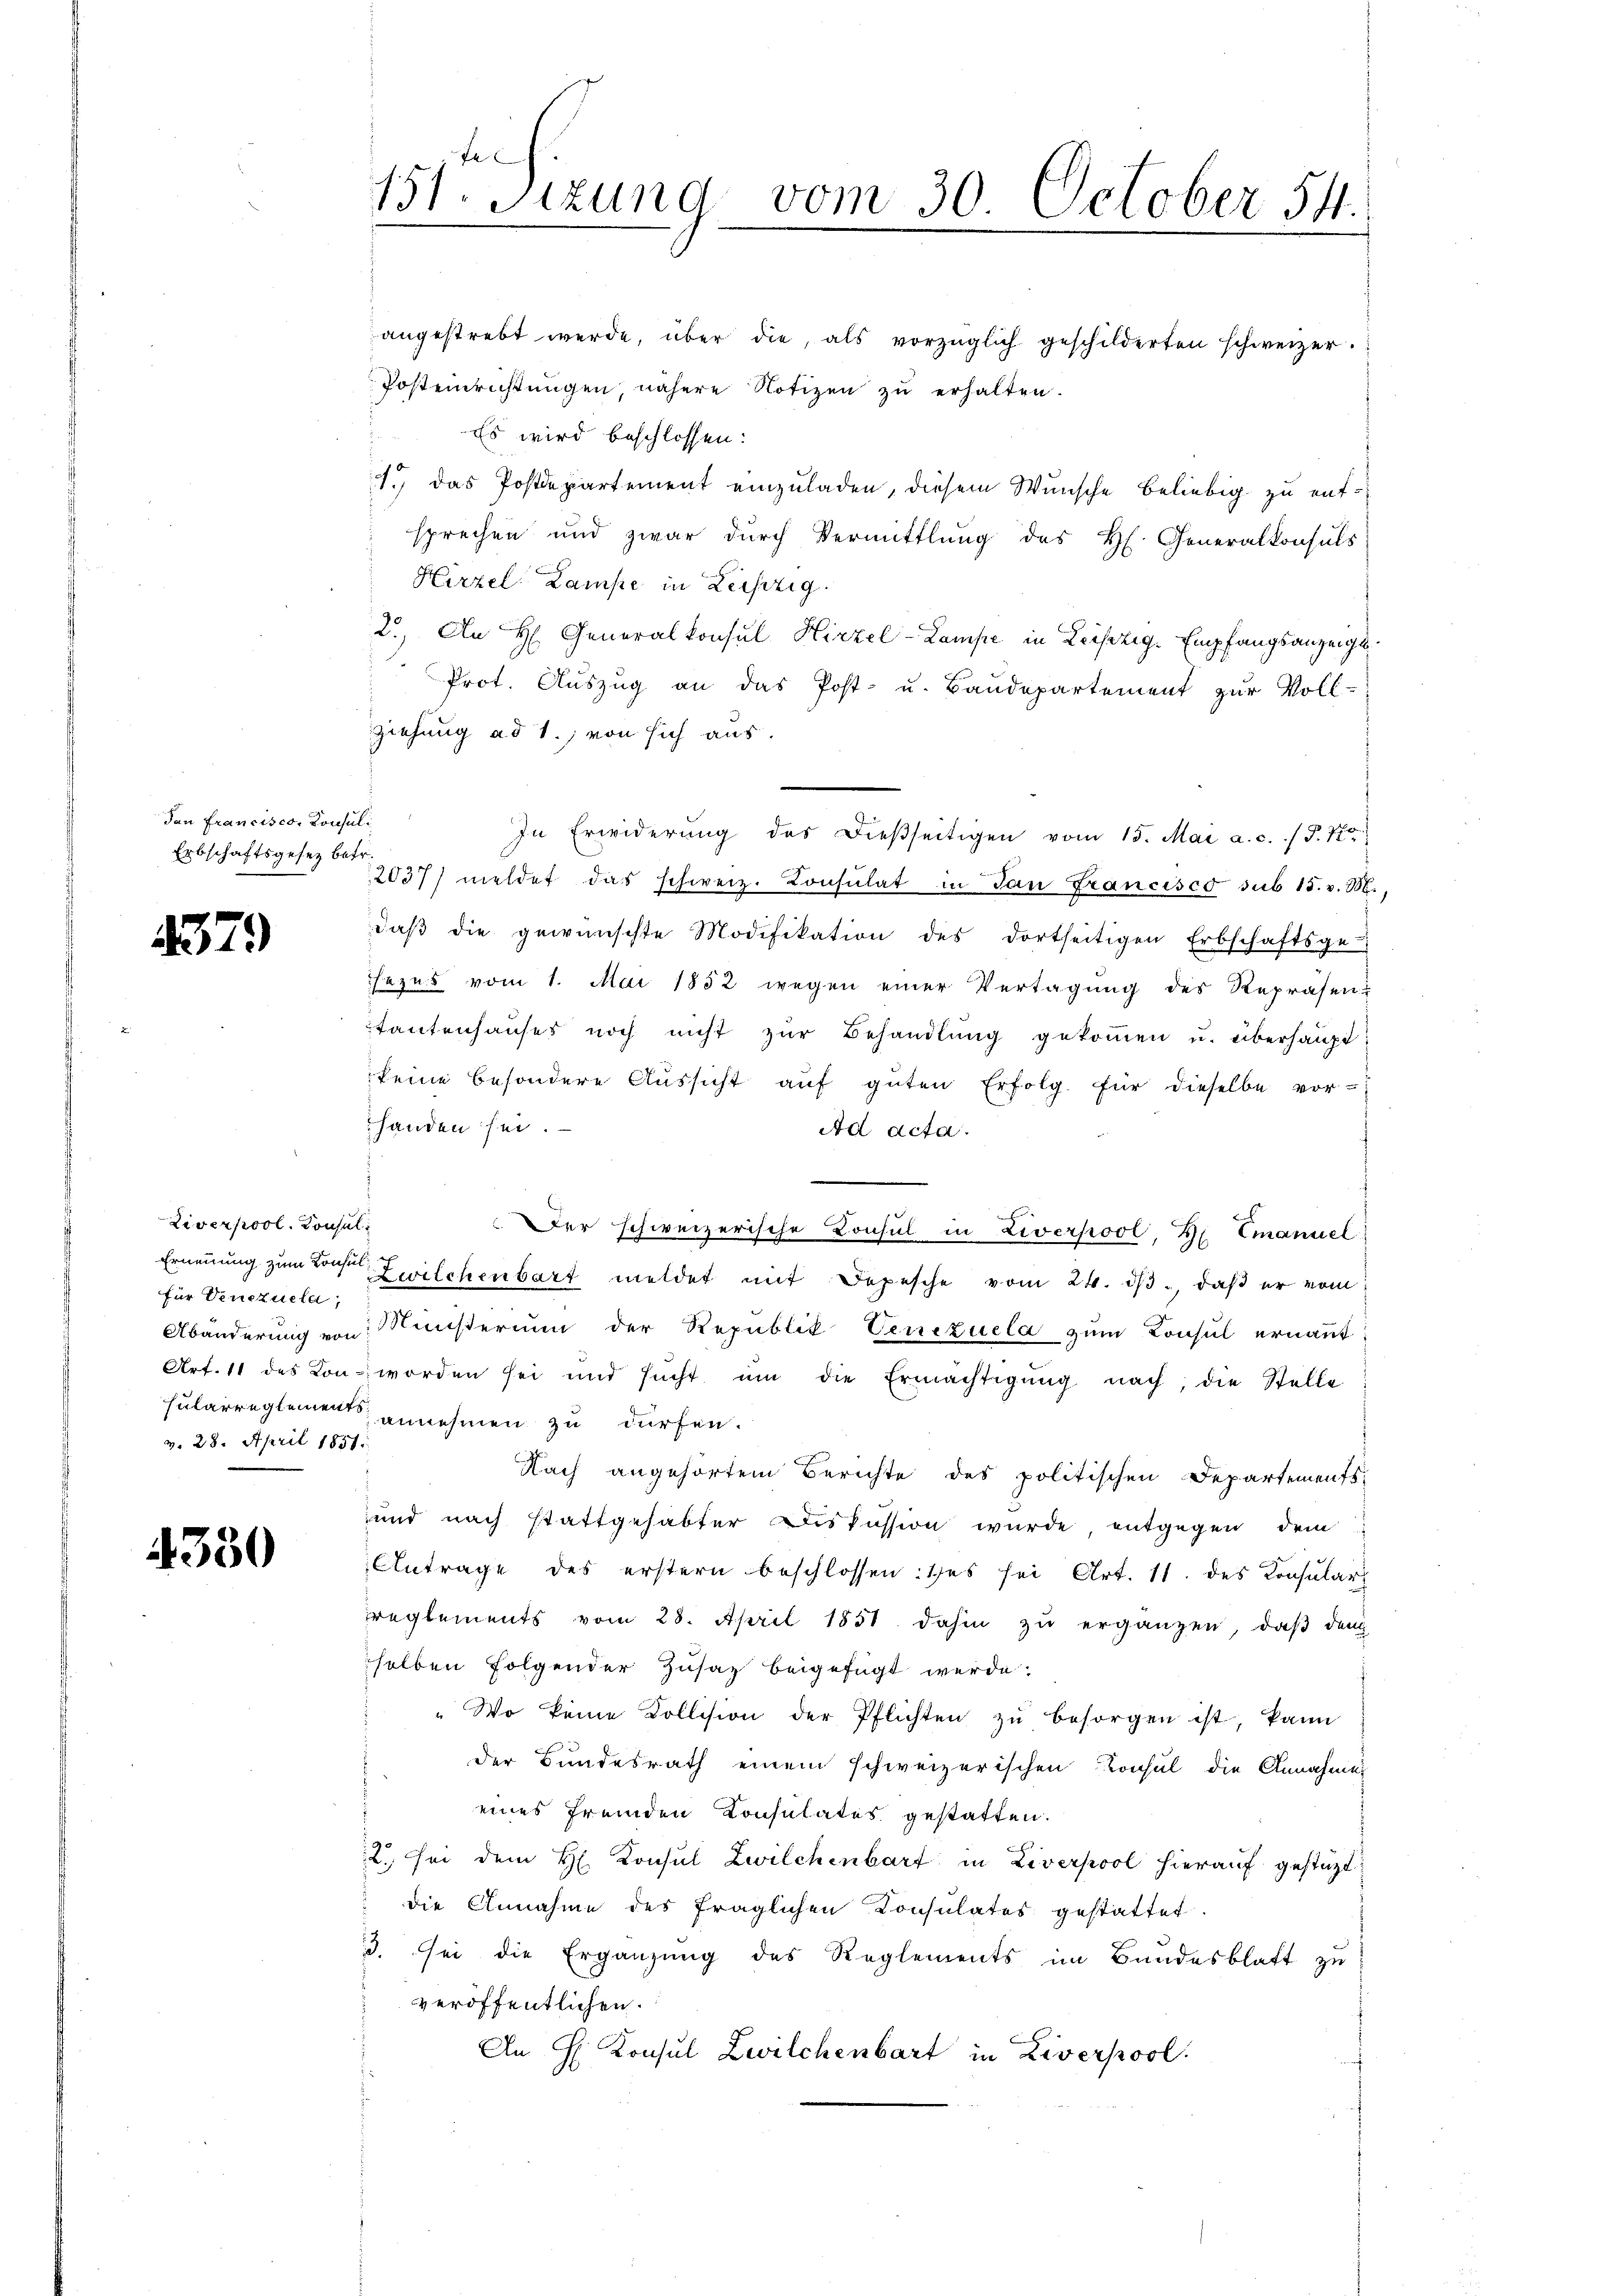
dan Francisco, Konsul
Erbschaftsgesez betr.

4379

Liverpool. Konsul
für Venezuela,
v. 28. April 1851.

4330

151. Sitzung vom 30. October 54.

angestrebt werde, über die, als vorzüglich geschilderten schweizer.
Posteinrichtungen, nähere Notizen zu erhalten.
Es wird beschlossen:
1.) Das Postdepartement einzuladen, diesem Wunsche beliebig zu entsprechen und zwar durch Vermittlung des H. Generalkonsuls
Hirzel Lampe in Leipzig.
2.) An H Generalkonsul Hirzel-Lampe in Leipzig. Empfangsanzeigt.
Prot. Aŭszŭg an das Post- u. Baŭdepartement zŭr Voll-
ziehung ad 1., von sich aus.
In Erwiderung des dießseitigen vom 15. Mai a.c. (T. To
2037) meldet das schweiz. Consulat in San Francisco sub 15. v. M.,
daβ die gewünschte Modifikation des dortseitigen Erbschaftsge-
sezes vom 1. Mai 1852 wegen einer Vertagung des Repräsent
tantenhaŭses noch nicht zŭr Behandlŭng gekoṁen u. überhaupt
keine besondere Aŭssicht aŭf gŭten Erfolg. für dieselbe vor-
handen sei.
Ad acta.

Der schweizerische Konsul in Liverpool, H. Emanuel
Ernennung zum Konser Zwilchenbart meldet mit Depesche vom 24. dβ, daβ er vom
Abänderung von Ministerium der Republik Venezuela zum Konsul ernannt
Art. 11 des Kon- worden sei und sicht ŭm die Ermächtigŭng nach, die Stelle
Fularreglement annehmen zu dürfen.
Nach angehörtem Berichte des politischen Departements-
und nach stattgehabter Diskussion wurde entgegen dem
Antrage des erstern beschlossen: es sei Art. 11. des Consular
reglements vom 28. April 1851 dahin zu ergänzen, daß den
selben folgender Zusatz beigefügt werde.
"Wo keine Kollision der Pflichten zu besorgen ist, kann
der Bundesrath einem schweizerischen Konsul die Annahme
eines fremden Konsulates gestatten.
2 sei dem H. Konsul Zwilchenbart in Liverpool hierauf gestützt
 die Annahme des fraglichen Consulates gestattet.
3. sei die Ergänzung des Reglements im Bundesblatt zu
veröffentlichen.
An H. Konsul Zwilchenbart in Liverpool.